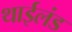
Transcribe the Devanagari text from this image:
थाईलंड